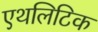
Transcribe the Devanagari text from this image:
एथलिटिक